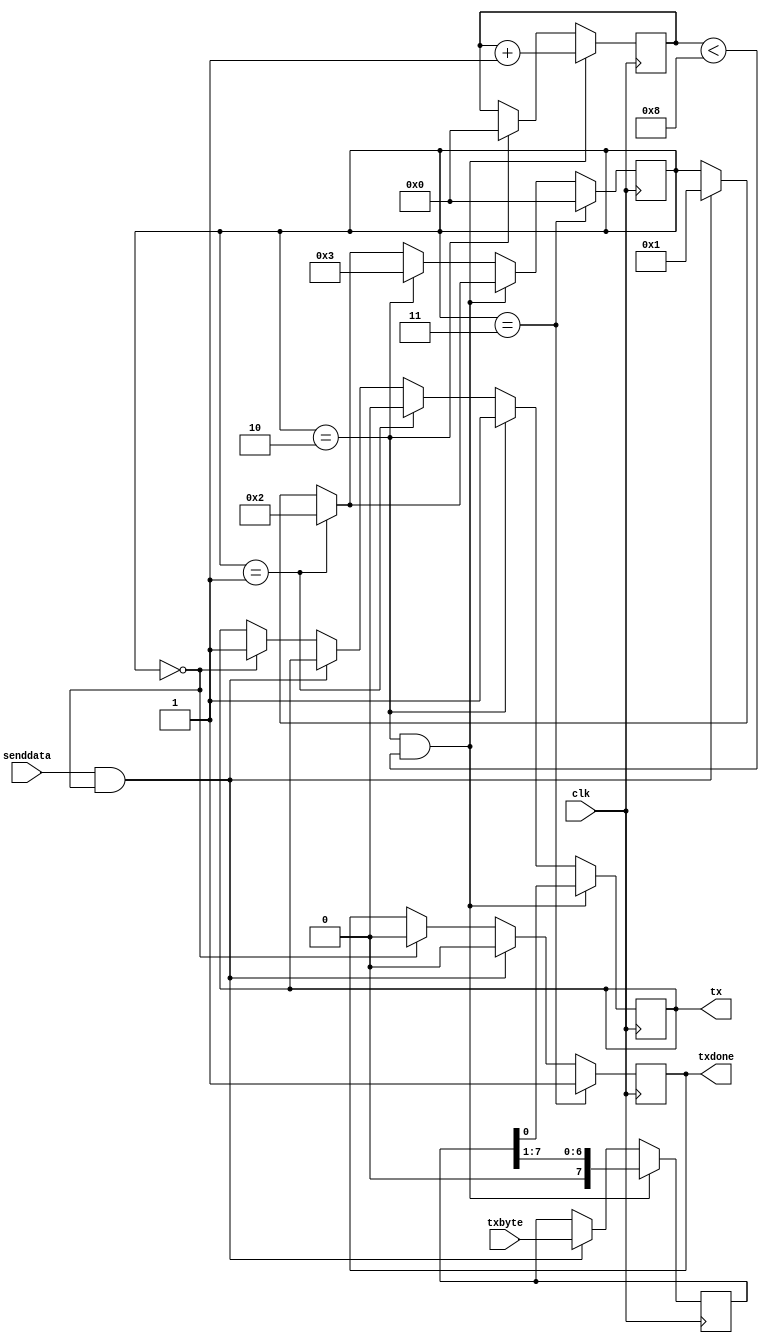
module uart_tx_8n1 (
    clk,        
    txbyte,     
    senddata,   
    txdone,     
    tx,         
    );
    input clk;
    input[7:0] txbyte;
    input senddata;
    output txdone;
    output tx;
    parameter STATE_IDLE=8'd0;
    parameter STATE_STARTTX=8'd1;
    parameter STATE_TXING=8'd2;
    parameter STATE_TXDONE=8'd3;
    reg[7:0] state=8'b0;
    reg[7:0] buf_tx=8'b0;
    reg[7:0] bits_sent=8'b0;
    reg txbit=1'b1;
    reg txdone=1'b0;
    assign tx=txbit;
    always @ (posedge clk) begin
        if (senddata == 1 && state == STATE_IDLE) begin
            state <= STATE_STARTTX;
            buf_tx <= txbyte;
            txdone <= 1'b0;
        end else if (state == STATE_IDLE) begin
            txbit <= 1'b1;
            txdone <= 1'b0;
        end
        if (state == STATE_STARTTX) begin
            txbit <= 1'b0;
            state <= STATE_TXING;
        end
        if (state == STATE_TXING && bits_sent < 8'd8) begin
            txbit <= buf_tx[0];
            buf_tx <= buf_tx>>1;
            bits_sent = bits_sent + 1;
        end else if (state == STATE_TXING) begin
            txbit <= 1'b1;
            bits_sent <= 8'b0;
            state <= STATE_TXDONE;
        end
        if (state == STATE_TXDONE) begin
            txdone <= 1'b1;
            state <= STATE_IDLE;
        end
    end
endmodule